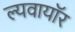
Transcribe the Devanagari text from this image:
ल्यवायॉर